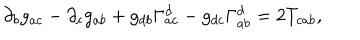
\partial _ { b } g _ { a c } - \partial _ { c } g _ { a b } + g _ { d b } \Gamma _ { a c } ^ { d } - g _ { d c } \Gamma _ { a b } ^ { d } = 2 T _ { c a b } ,